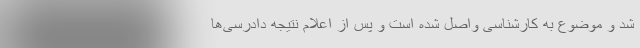
شد و موضوع به کارشناسی واصل شده است و پس از اعلام نتیجه دادرسی‌ها